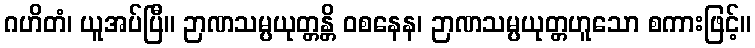
ဂဟိတံ၊ ယူအပ်ပြီ။ ဉာဏသမ္ပယုတ္တန္တိ ဝစနေန၊ ဉာဏသမ္ပယုတ္တဟူသော စကားဖြင့်။